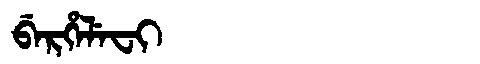
Manchu: ᠪᡝᡵᡥᡝᠯᡝᠸᡳ
Romanization: BERHELEFI